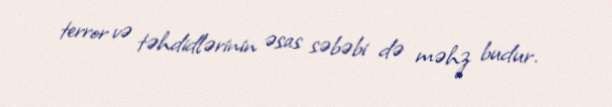
terror və təhdidlərinin əsas səbəbi də məhz budur.